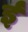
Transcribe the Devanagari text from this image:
र्इ